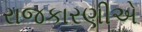
રાજકારણીએ